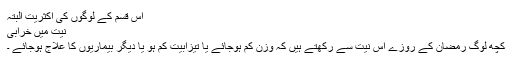
اس قسم کے لوگوں کی اکثریت البتہ
 نیت میں خرابی
کچھ لوگ رمضان کے روزے اس نیت سے رکھتے ہیں کہ وزن کم ہوجائے یا تیزابیت کم ہو یا دیگر بیماریوں کا علاج ہوجائے ۔